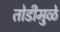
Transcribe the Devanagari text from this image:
तोडीमुळे